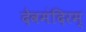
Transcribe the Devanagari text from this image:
देवमंदिरम्